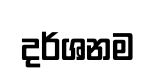
දර්ශනම